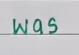
was